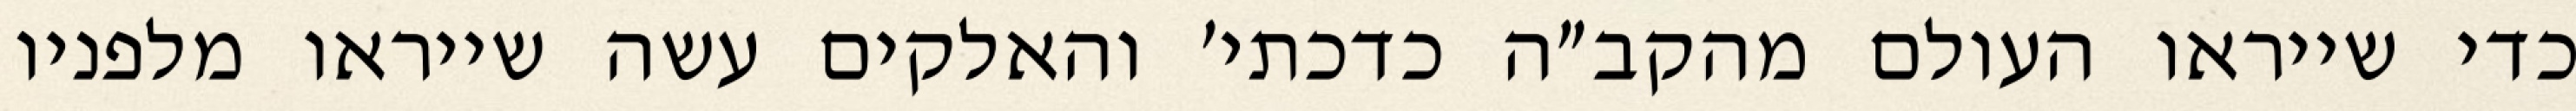
כדי שייראו העולם מהקב״ה כדכתי׳ והאלקים עשה שייראו מלפניו